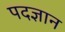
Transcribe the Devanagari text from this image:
पदज्ञान